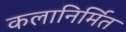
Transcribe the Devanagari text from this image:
कलानिर्मित